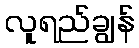
လူရည်ချွန်